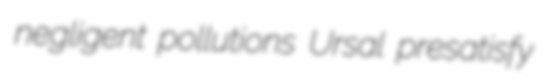
negligent pollutions Ursal presatisfy